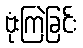
ဗုံးကြဲခြင်း